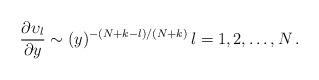
LaTeX: \begin{align*} \frac{\partial {\upsilon_l}}{\partial {{y}}} \sim ({{y}})^{-(N+k-l)/(N+k)}\, l=1,2,\dots,N\, . \end{align*}